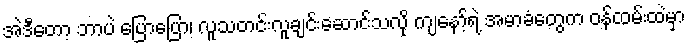
အဲဒီတော့ ဘာပဲ ပြောပြော၊ လူသတင်းလူချင်းဆောင်သလို ကျနော့်ရဲ့ အမာခံတွေက ဝန်ထမ်းထဲမှာ